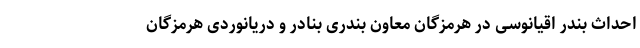
احداث بندر اقیانوسی در هرمزگان معاون بندری بنادر و دریانوردی هرمزگان